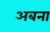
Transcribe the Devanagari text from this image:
अबना